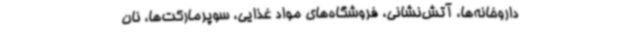
داروخانه‌ها، آتش‌نشانی، فروشگاه‌های مواد غذایی، سوپرمارکت‌ها، نان